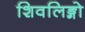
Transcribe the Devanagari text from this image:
शिवलिङ्गो